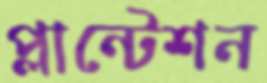
প্লান্টেশন